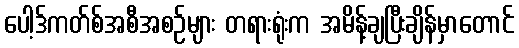
ပေါ့ဒ်ကတ်စ်အစီအစဉ်များ တရားရုံးက အမိန့်ချပြီးချိန်မှာတောင်